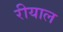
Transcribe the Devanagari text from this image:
रीयाल